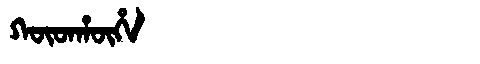
Manchu: ᡴᡡᡨᡥᡡᡥᠠ
Romanization: KŪTHŪHA